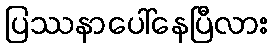
ပြဿနာပေါ်နေပြီလား